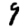
Digit: 9